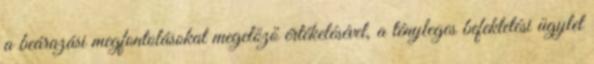
a beárazási megfontolásokat megelőző értékelésével, a tényleges befektetési ügylet